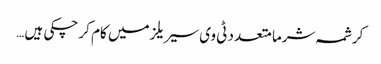
کرشمہ شرما متعدد ٹی وی سیریلز میں کام کر چکی ہیں…